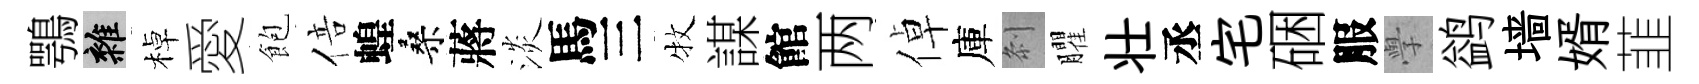
鶚雜棹愛飽倍蝗桑蔣淡馬三牧謀館两倬庫𠛴臞壮丞宅硱服𭓕鹢墙婿韮